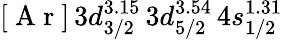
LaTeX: [\mathrm{~A~r~}]\, 3d_{3/2}^{3.15}\, 3d_{5/2}^{3.54}\, 4s_{1/2}^{1.31}